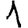
Digit: 1